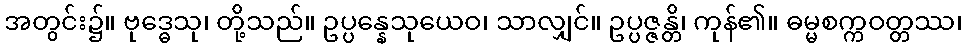
အတွင်း၌။ ဗုဒ္ဓေသု၊ တို့သည်။ ဥပ္ပန္နေသုယေဝ၊ သာလျှင်။ ဥပ္ပဇ္ဇန္တိ၊ ကုန်၏။ ဓမ္မစက္ကဝတ္တဿ၊